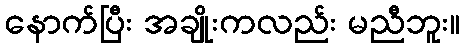
နောက်ပြီး အချိုးကလည်း မညီဘူး။